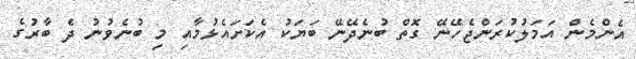
އެންމެން އަމަލުކުރަންޖެހޭނޭ ގޮތް ބުނެދޭނޭ ބަޔަކު އެކަށައެޅުމާއި މި ބުނެވުނު ދެ ބާރުގެ